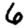
Digit: 6